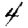
Digit: 4